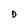
Character: D